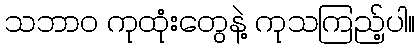
သဘာဝ ကုထုံးတွေနဲ့ ကုသကြည့်ပါ။